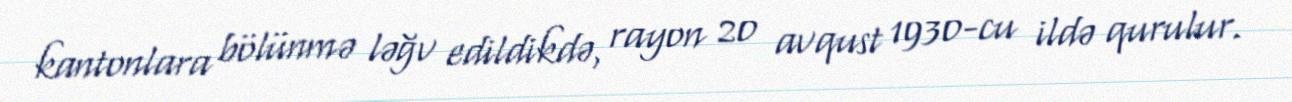
kantonlara bölünmə ləğv edildikdə, rayon 20 avqust 1930-cu ildə qurulur.